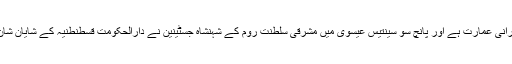
آیا صوفیہ ڈیڑھ ہزار برس پرانی عمارت ہے اور پانچ سو سینتیس عیسوی میں مشرقی سلطنت روم کے شہنشاہ جسٹینین نے دارالحکومت قسطنطنیہ کے شایان شان بطور گرجا تعمیر کروائی۔